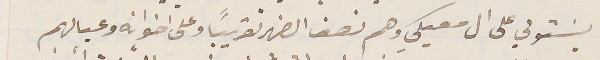
يسَتولي على آل معيكي وهم نصف الضهر تقريباً وعلى اخوانه وعيالهم